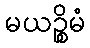
မယဉ္စိမံ